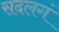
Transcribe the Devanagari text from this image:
सदलगं